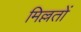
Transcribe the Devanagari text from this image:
मिल्लतों